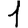
Digit: 1